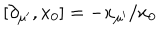
[ \partial _ { \mu ^ { \prime } } , x _ { 0 } ] = - x _ { \mu ^ { \prime } } / x _ { 0 }